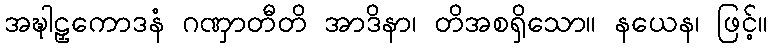
အဍ္ဎါဠှကောဒနံ ဂဏှာတီတိ အာဒိနာ၊ တိအစရှိသော။ နယေန၊ ဖြင့်။